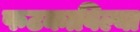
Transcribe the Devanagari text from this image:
फटकाविल्या